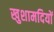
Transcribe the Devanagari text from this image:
खुशामदियों